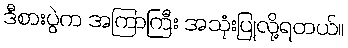
ဒီစားပွဲက အကြာကြီး အသုံးပြုလို့ရတယ်။